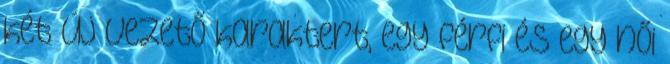
két új vezető karaktert, egy férfi és egy női